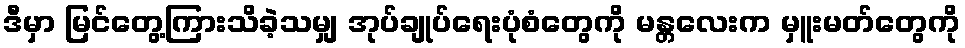
ဒီမှာ မြင်တွေ့ကြားသိခဲ့သမျှ အုပ်ချုပ်ရေးပုံစံတွေကို မန္တလေးက မှူးမတ်တွေကို